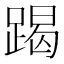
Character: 𨃃